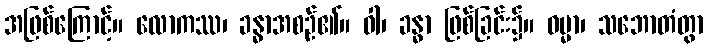
အဖြစ်ကြောင့်။ လောကဿ၊ ခန္ဓာအစဉ်၏။ ဝါ၊ ခန္ဓာ ဖြစ်ခြင်း၌။ ဓမ္မာ၊ သဘောတံတွာ